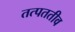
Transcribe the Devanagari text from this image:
तत्पततीव